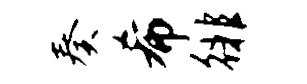
奏希徘